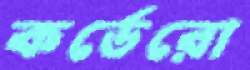
কর্ডেরো